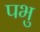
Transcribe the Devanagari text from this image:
पभु